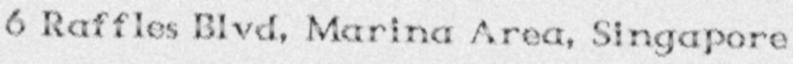
6 Raffles Blvd, Marina Area, Singapore